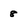
Character: 8